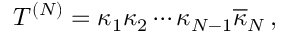
T ^ { ( N ) } = \kappa _ { 1 } \kappa _ { 2 } \cdots \kappa _ { N - 1 } \overline { { { \kappa } } } _ { N } \, ,